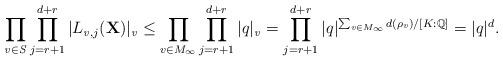
LaTeX: \begin{align*}\prod_{\mathit{v\in S}}\prod_{j=r+1}^{d+r}|L_{\mathit{v},j}(\mathbf{X})|_\mathit{v}\leq \prod_{v\in M_\infty}\prod_{j=r+1}^{d+r}|q|_\mathit{v}=\prod_{j=r+1}^{d+r}|q|^{\sum_{\mathit{v}\in M_\infty}d(\rho_\mathit{v})/[K:\mathbb{Q}]}=|q|^d.\end{align*}